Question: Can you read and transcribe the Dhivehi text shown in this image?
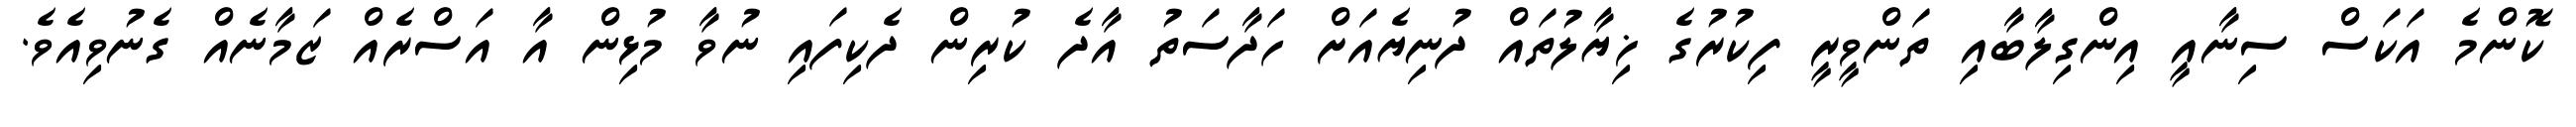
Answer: ކޮންމެ އަކަސް ސިނާއީ އިންގިލާބާއި ތަންވީރީ ފިކުރުގެ ޚިޔާލުތައް ދުނިޔެއަށް ހަދާސަތު އާދެ ކުރިން ދެކިފައި ނުވާ މުޅިން އާ އަސްރެއް ޒަމާނެއް ގެނުވިއެވެ.